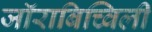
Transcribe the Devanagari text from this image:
जॉराबिच्विली